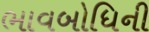
ભાવબોધિની